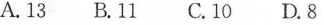
A.13 B. 11 C. 10 D. 8